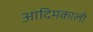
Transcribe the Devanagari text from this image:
आदिमकाली